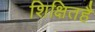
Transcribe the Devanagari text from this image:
शिक्षितहै